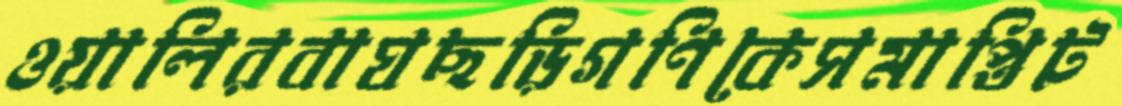
ওয়ালিরবাঘছড়িগণিকেসমাপ্তিট